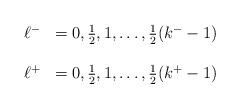
LaTeX: \begin{align*}\begin{array}{ll}\ell^{-} & = 0, \frac{1}{2},1,\dots,\frac{1}{2}(k^{-}-1) \\ & \\\ell^{+} & = 0, \frac{1}{2},1,\ldots,\frac{1}{2}(k^{+}-1)\end{array}\end{align*}